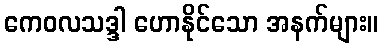
ကေဝလသဒ္ဒါ ဟောနိုင်သော အနက်များ။